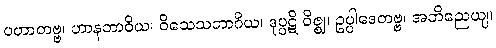
ပဟာတဗ္ဗ၊ ဟာနဘာဝိယ၊ ဝိသေသဘာဂိယ၊ ဒုပ္ပဋိ ဝိဇ္ဈ၊ ဥပ္ပါဒေတဗ္ဗ၊ အဘိညေယျ၊